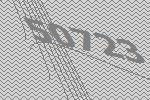
50723